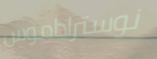
نوستراداموس